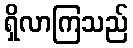
ရှိလာကြသည်